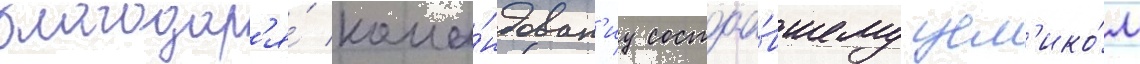
благодар'я́ кома́ндован'иу состоа́вшему цел'ико́м